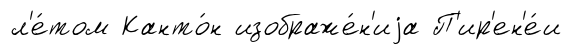
л'е́том Канто́н изображе́н'иjа П'ир'ен'е́и